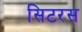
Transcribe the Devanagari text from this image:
सिटरस